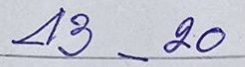
43 - 20